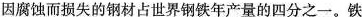
因腐蚀而损失的钢材占世界钢铁年产量的四分之一。铁